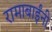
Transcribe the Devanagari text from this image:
रामाबाईंनी